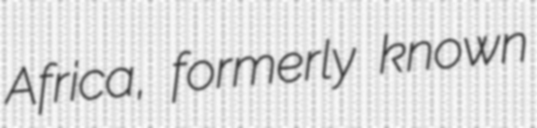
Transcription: Africa, formerly known